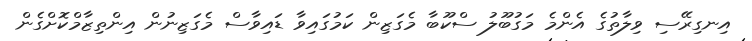
އިނގިރޭސި ވިލާތުގެ އެންމެ މަގުބޫލު ސްކޫބާ މެގަޒިން ކަމުގައިވާ ޑައިވާސް މެގަޒިނުން އިންތިޒާމްކޮށްގެން